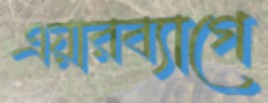
এয়ারব্যাগে